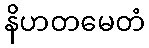
နိဟတမေတံ